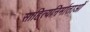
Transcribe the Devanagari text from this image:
साहित्यनिर्माताओं